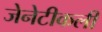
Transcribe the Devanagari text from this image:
जेनेटीकली